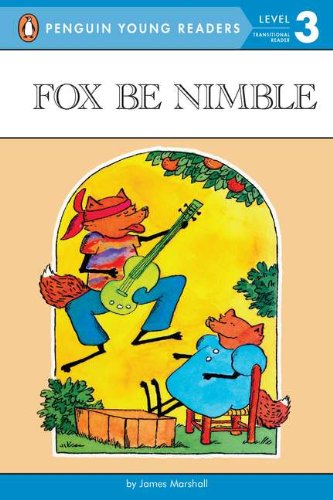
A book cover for Fox Be Nimble (Penguin Young Readers, Level 3); James Marshall; Children's Books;